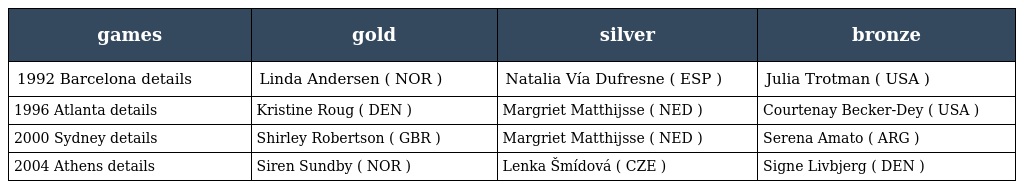
| games | gold | silver | bronze |
 | --- | --- | --- | --- |
 | 1992 Barcelona details | Linda Andersen ( NOR ) | Natalia Vía Dufresne ( ESP ) | Julia Trotman ( USA ) |
 | 1996 Atlanta details | Kristine Roug ( DEN ) | Margriet Matthijsse ( NED ) | Courtenay Becker-Dey ( USA ) |
 | 2000 Sydney details | Shirley Robertson ( GBR ) | Margriet Matthijsse ( NED ) | Serena Amato ( ARG ) |
 | 2004 Athens details | Siren Sundby ( NOR ) | Lenka Šmídová ( CZE ) | Signe Livbjerg ( DEN ) |